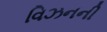
વિઝનની